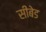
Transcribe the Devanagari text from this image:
सीबेड